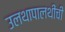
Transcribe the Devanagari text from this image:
उलथापालथींची